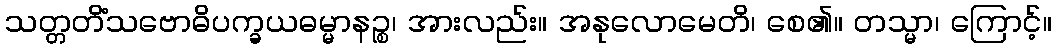
သတ္တတိံသဗောဓိပက္ခယဓမ္မာနဉ္စ၊ အားလည်း။ အနုလောမေတိ၊ စေ၏။ တသ္မာ၊ ကြောင့်။